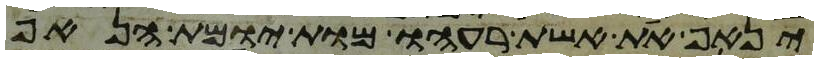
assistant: ינאף את אשת רעהו מות יומת הנאף